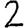
Digit: 2